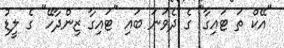
"އޭކް ތަ ޓައިގާ" ގެ ދެވަނަ ބައި "ޓައިގާ ޒިންދާހޭ" ގެ ލީޑު